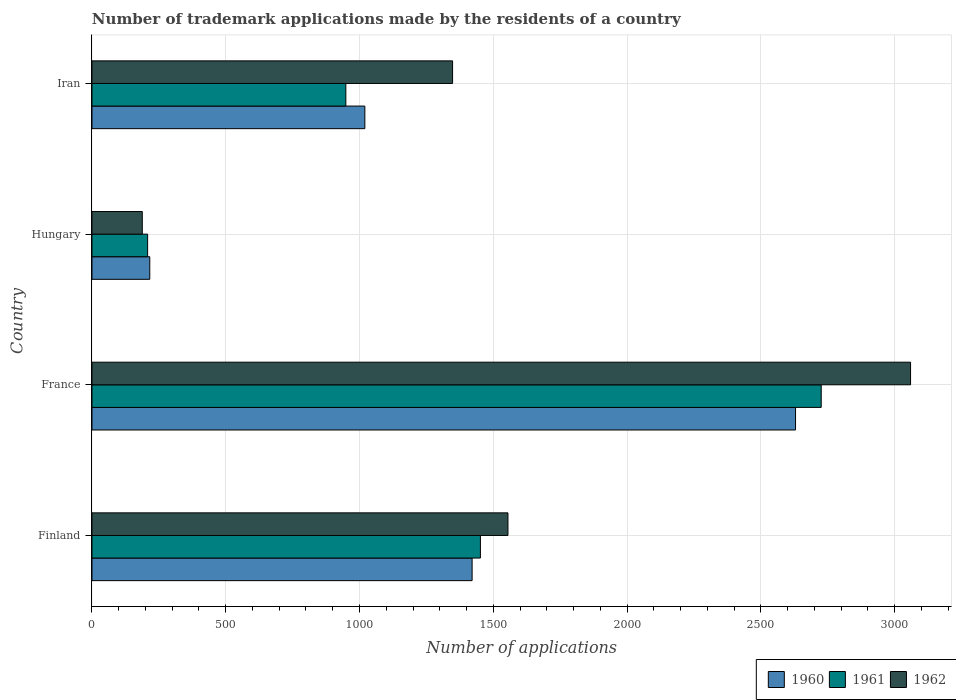
| Country | 1960 | 1961 | 1962 |
 | --- | --- | --- | --- |
 | Finland | 1.42e+03 | 1.45e+03 | 1.56e+03 |
 | France | 2.63e+03 | 2.73e+03 | 3.06e+03 |
 | Hungary | 216 | 208 | 188 |
 | Iran | 1.02e+03 | 949 | 1.35e+03 |